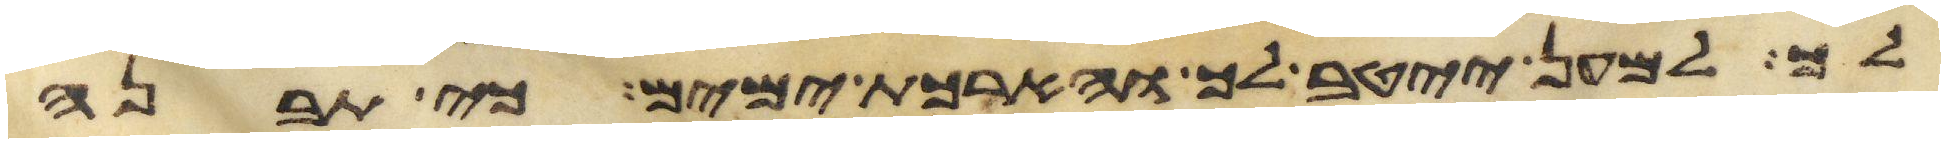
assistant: לך למען ייטב לך והארכת ימים כי תבנה